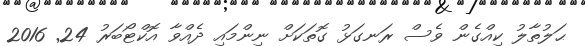
ޙަލުތާލު ކިއްގެން ވެސް ރަނގަޅު ގޮތަކަށް ނިންމައި ދެއްވާ އޮކްޓޯބަރު 24